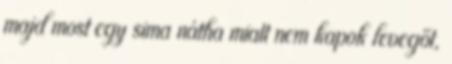
majd most egy sima nátha miatt nem kapok levegőt,